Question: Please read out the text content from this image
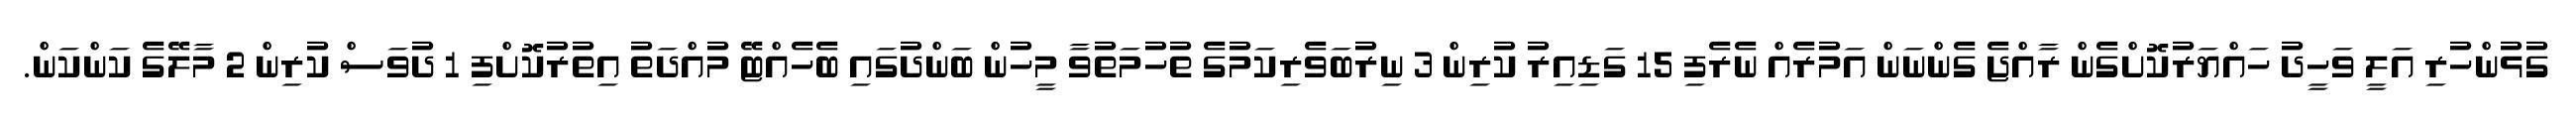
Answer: ގުޅުންހުރި އަލީ ވަހީދު ހައްޔަރުކޮށްގެން ރާއްޖެ ގެންނަން އަމުރެއް ނެރެފި 15 ގަޑިއިރު ކުރިން 3 ނިރުބަވެރިކަމުގެ ތުހުމަތުވާ މީހުން ބަންދުގައި ބެހެއްޓޭ މުއްދަތު އިތުރުކޮށްފި 1 ދުވަސް ކުރިން 2 މާލޭގެ ކަންކަން.